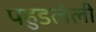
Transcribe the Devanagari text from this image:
पहुडलेली